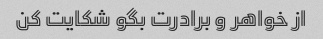
از خواهر و برادرت بگو شکایت کن